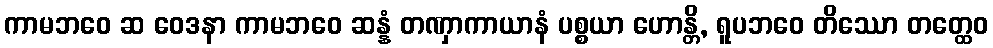
ကာမဘဝေ ဆ ဝေဒနာ ကာမဘဝေ ဆန္နံ တဏှာကာယာနံ ပစ္စယာ ဟောန္တိ, ရူပဘဝေ တိဿော တတ္ထေဝ